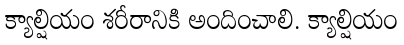
క్యాల్షియం శరీరానికి అందించాలి. క్యాల్షియం